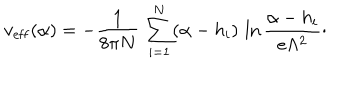
v _ { \mathrm { e f f } } ( \alpha ) = - { \frac { 1 } { 8 \pi N } } \, \sum _ { i = 1 } ^ { N } ( \alpha - h _ { i } ) \, \ln { \frac { \alpha - h _ { i } } { e \Lambda ^ { 2 } } } \cdotp